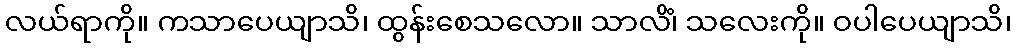
လယ်ရာကို။ ကသာပေယျာသိ၊ ထွန်းစေသလော။ သာလိံ၊ သလေးကို။ ဝပါပေယျာသိ၊